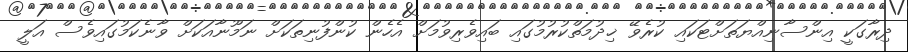
ދިރާގަކީ އިންސާނިއްޔަތަށްޓަކައި ކުރެވޭ ޚިދުމަތްކުރުމުގައި ބައިވެރިވުމަށް އެހެން ކުންފުނިތަކަށް ނަމޫނާއަކަށް ވާނެކަމުގައިވެސް އަލީ